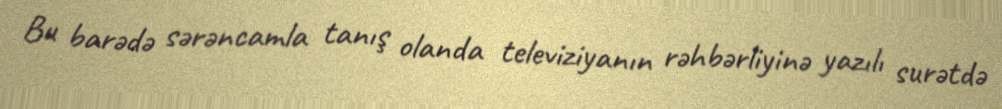
Bu barədə sərəncamla tanış olanda televiziyanın rəhbərliyinə yazılı surətdə